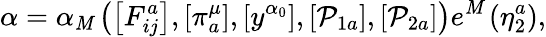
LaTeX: \alpha=\alpha_{\mathit{M}}\left(\left[F_{ij}^{a}\right],\left[\pi_{a}^{\mu}\right],\left[y^{\alpha_{0}}\right],\left[\mathcal{{P}}_{1a}\right],\left[\mathcal{{P}}_{2a}\right]\right)e^{\mathit{M}}\left(\eta_{2}^{a}\right),